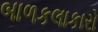
બાળકલાકારો